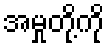
အမှုတို့ကို